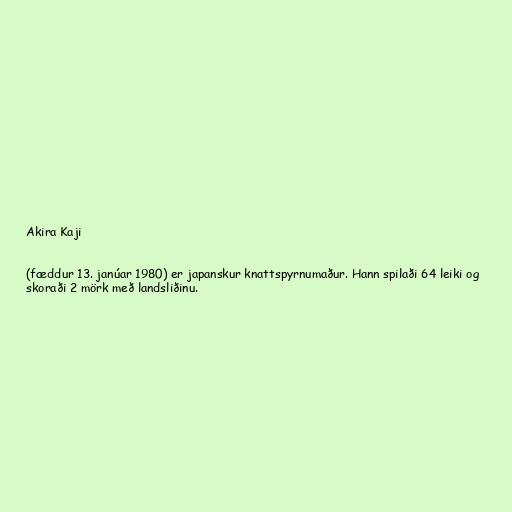
Akira Kaji

(fæddur 13. janúar 1980) er japanskur knattspyrnumaður. Hann spilaði 64 leiki og
skoraði 2 mörk með landsliðinu.